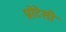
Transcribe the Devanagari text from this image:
प्रोटेसी